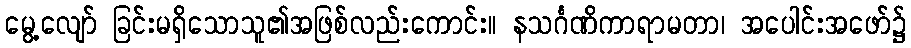
မွေ့လျော် ခြင်းမရှိသောသူ၏အဖြစ်လည်းကောင်း။ နသင်္ဂဏိကာရာမတာ၊ အပေါင်းအဖော်၌